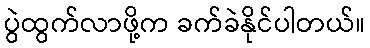
ပွဲထွက်လာဖို့က ခက်ခဲနိုင်ပါတယ်။